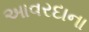
આવરદાના